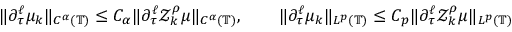
\| \partial _ { \tau } ^ { \ell } \mu _ { k } \| _ { C ^ { \alpha } ( \mathbb { T } ) } \leq C _ { \alpha } \| \partial _ { \tau } ^ { \ell } \mathcal { Z } _ { k } ^ { \rho } \mu \| _ { C ^ { \alpha } ( \mathbb { T } ) } , \qquad \| \partial _ { \tau } ^ { \ell } \mu _ { k } \| _ { L ^ { p } ( \mathbb { T } ) } \leq C _ { p } \| \partial _ { \tau } ^ { \ell } \mathcal { Z } _ { k } ^ { \rho } \mu \| _ { L ^ { p } ( \mathbb { T } ) }